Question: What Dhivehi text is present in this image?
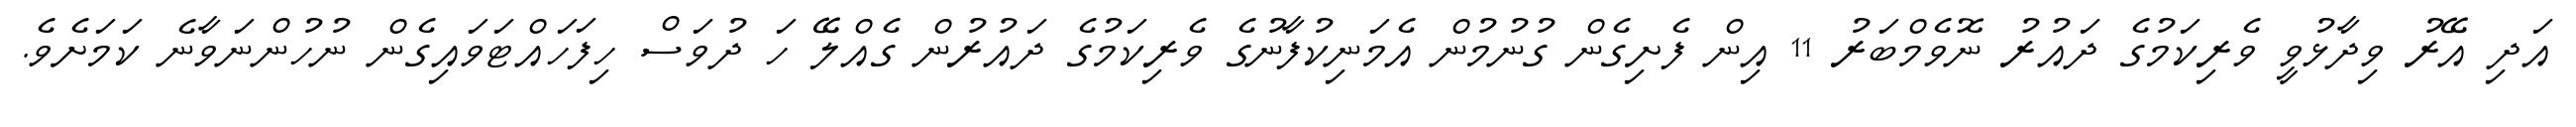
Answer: އަދި އޭރު ވިދާޅުވީ ވެރިކަމުގެ ދައުރު ނޮވެމްބަރު 11 އިން ފެށިގެން ގުނުމުން އެމަނިކުފާނުގެ ވެރިކަމުގެ ދައުރުން ގެއްލޭ ހަ ދުވަސް ހިފަހައްޓަވައިގެން ނުހުންނަވާނެ ކަމަށެވެ.